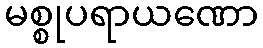
မစ္စုပရာယဏော